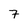
Character: 7